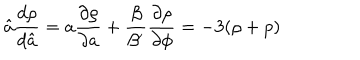
\hat { a } \frac { d \rho } { d \hat { a } } = a \frac { \partial \rho } { \partial a } + \frac { \beta } { \beta ^ { \prime } } \frac { \partial \rho } { \partial \phi } = - 3 ( \rho + p )